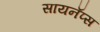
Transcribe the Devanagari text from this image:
सायनॅप्स